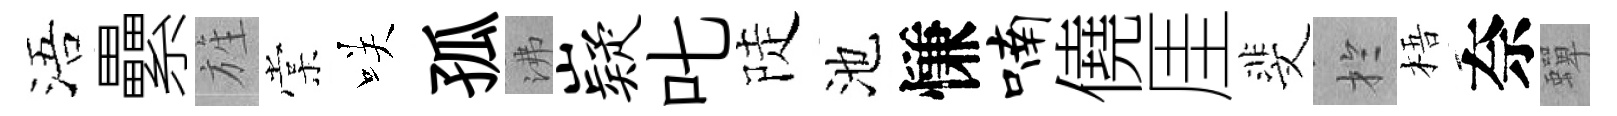
浯纍旌棠咲孤沸嶷叱陡池慊喃僥厓斐扵梧奈蟬